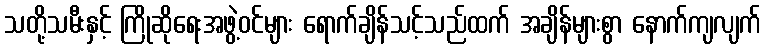
သတို့သမီးနှင့် ကြိုဆိုရေးအဖွဲ့ဝင်များ ရောက်ချိန်သင့်သည်ထက် အချိန်များစွာ နောက်ကျလျက်